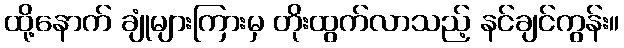
ထို့နောက် ချုံများကြားမှ တိုးထွက်လာသည့် နင်ချင်ကွန်း။